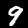
Label: 9